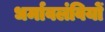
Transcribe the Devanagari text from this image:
धर्मावलंवियों